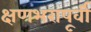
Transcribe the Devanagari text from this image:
क्षणभरापूर्वी